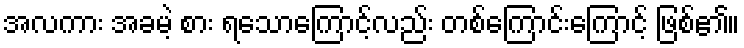
အလကား အခမဲ့ စား ရသောကြောင့်လည်း တစ်ကြောင်းကြောင့် ဖြစ်၏။